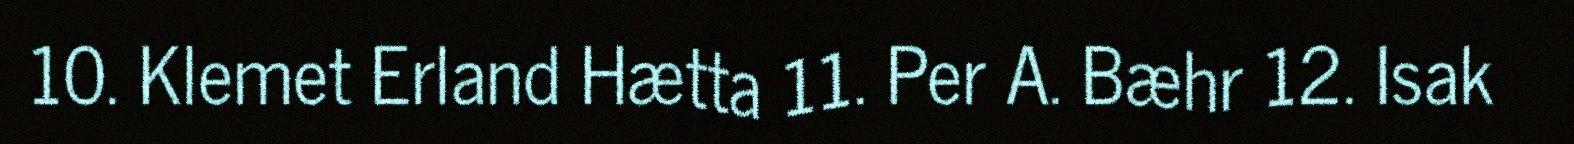
10. Klemet Erland Hætta 11. Per A. Bæhr 12. Isak